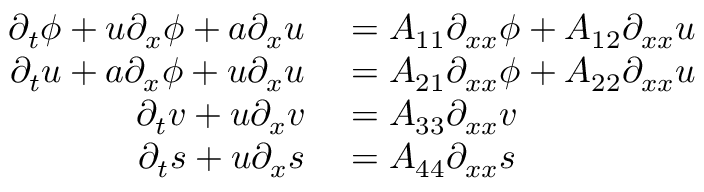
\begin{array} { r l } { \partial _ { t } \phi + u \partial _ { x } \phi + a \partial _ { x } u } & { { } = A _ { 1 1 } \partial _ { x x } \phi + A _ { 1 2 } \partial _ { x x } u } \\ { \partial _ { t } u + a \partial _ { x } \phi + u \partial _ { x } u } & { { } = A _ { 2 1 } \partial _ { x x } \phi + A _ { 2 2 } \partial _ { x x } u } \\ { \partial _ { t } v + u \partial _ { x } v } & { { } = A _ { 3 3 } \partial _ { x x } v } \\ { \partial _ { t } s + u \partial _ { x } s } & { { } = A _ { 4 4 } \partial _ { x x } s } \end{array}